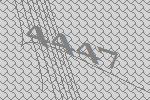
4447